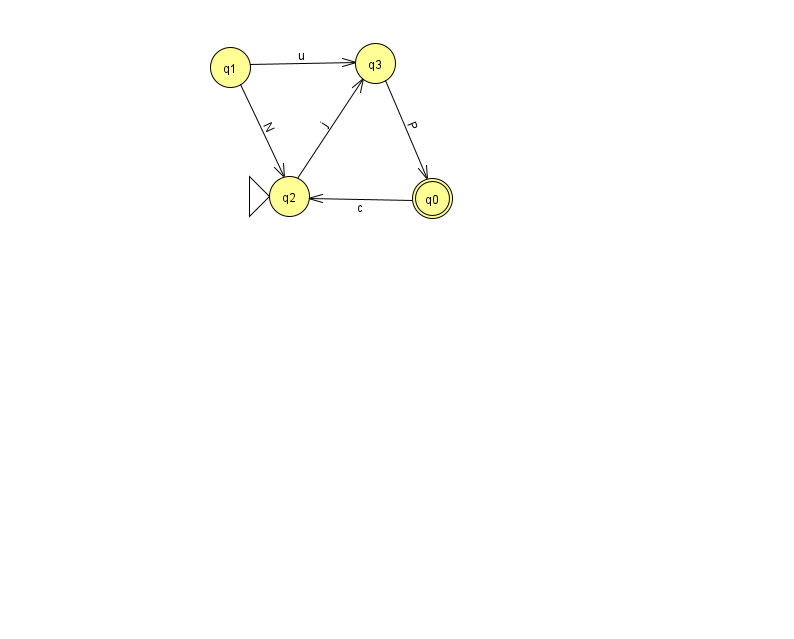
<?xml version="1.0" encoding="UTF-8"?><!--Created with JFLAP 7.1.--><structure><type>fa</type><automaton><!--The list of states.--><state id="0" name="q0"><x>432.0</x><y>185.0</y><final/></state><state id="1" name="q1"><x>230.0</x><y>54.0</y></state><state id="2" name="q2"><x>289.0</x><y>183.0</y><initial/></state><state id="3" name="q3"><x>375.0</x><y>50.0</y></state><!--The list of transitions.--><transition><from>1</from><to>2</to><read>N</read></transition><transition><from>0</from><to>2</to><read>c</read></transition><transition><from>1</from><to>3</to><read>u</read></transition><transition><from>2</from><to>3</to><read>j</read></transition><transition><from>3</from><to>0</to><read>P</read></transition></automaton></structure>